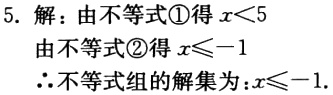
5. 解：由不等式\textcircled{1}得 \(x < 5\)

由不等式\textcircled{2}得 \(x\leqslant - 1\)

\(\therefore\)不等式组的解集为：\(x\leqslant - 1\).